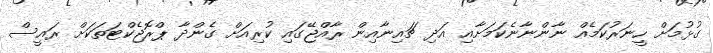
ގުޅުމަށް ހީނަރުކަމެއް ނާންނާނެކަމަށާއި އަދި ޗައިނާއިން ރާއްޖޭގައި ކުރިއަށް ގެންދާ ޕްރޮޖެކްޓަތަކަށް ރައީސް